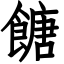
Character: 餹